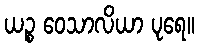
ယဉ္စ ဝေသာလိယာ ပုရေ။